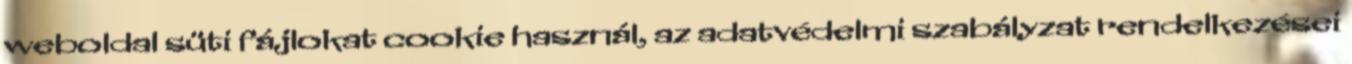
weboldal süti fájlokat cookie használ, az adatvédelmi szabályzat rendelkezései